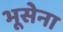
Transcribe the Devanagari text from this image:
भूसेना